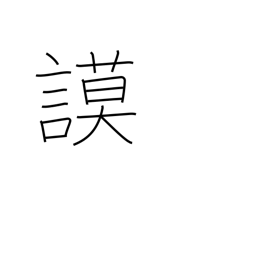
Meaning: deliberate